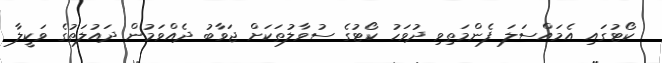
ކޯޓުގައި އެމައްސަލަ ފެންމަތިވި ދުވަހު ކޯޓުގެ ސުވާލުތަކަށް ޖަވާބު ދެއްވަމުން ދައުލަތުގެ ވަކީލާ